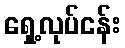
ရှေ့လုပ်ငန်း